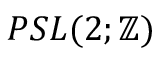
P S L ( 2 ; \mathbb { Z } )